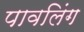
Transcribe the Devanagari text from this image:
पावलिंग